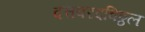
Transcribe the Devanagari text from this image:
दत्तवरदविठ्ठल